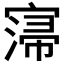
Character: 𡩻